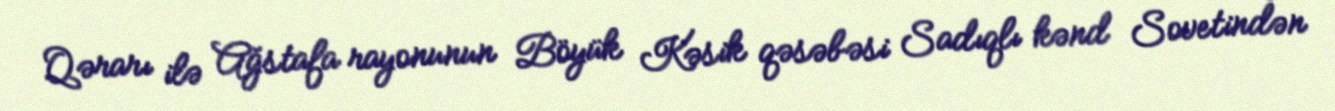
Qərarı ilə Ağstafa rayonunun Böyük Kəsik qəsəbəsi Sadıqlı kənd Sovetindən